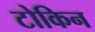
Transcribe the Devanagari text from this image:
टोकिन